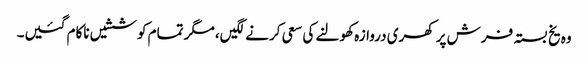
وہ یخ بستہ فرش پر کھری دروازہ کھولنے کی سعی کرنے لگیں، مگر تمام کوششیں ناکام گئیں۔